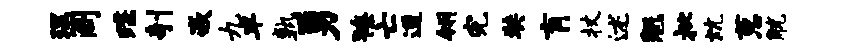
理阁蹀剞嵌九半孰勇獠亡遒翎完奘肓杖述魁批炕葱觥